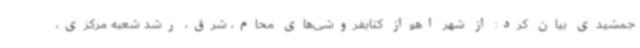
جمشیدی بیان کرد: از شهر اهواز کتابفروشی‌های محام، شرق، رشد شعبه مرکزی،